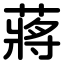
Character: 蔣